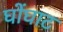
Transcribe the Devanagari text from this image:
घोंघाट